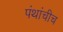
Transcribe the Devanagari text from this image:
पंथांचीच